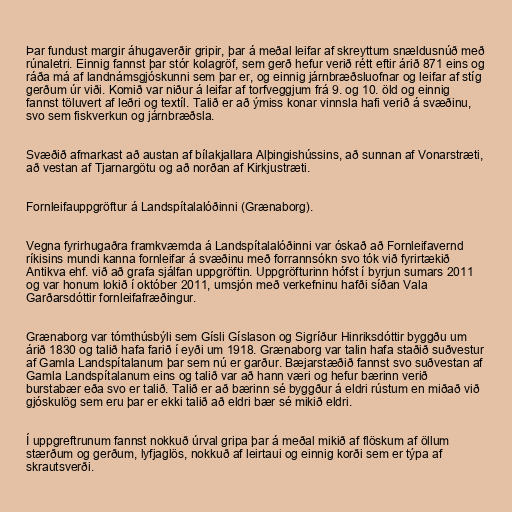
Þar fundust margir áhugaverðir gripir, þar á meðal leifar af skreyttum snældusnúð með
rúnaletri. Einnig fannst þar stór kolagröf, sem gerð hefur verið rétt eftir árið 871 eins og
ráða má af landnámsgjóskunni sem þar er, og einnig járnbræðsluofnar og leifar af stíg
gerðum úr viði. Komið var niður á leifar af torfveggjum frá 9. og 10. öld og einnig
fannst töluvert af leðri og textíl. Talið er að ýmiss konar vinnsla hafi verið á svæðinu,
svo sem fiskverkun og járnbræðsla.

Svæðið afmarkast að austan af bílakjallara Alþingishússins, að sunnan af Vonarstræti,
að vestan af Tjarnargötu og að norðan af Kirkjustræti.

Fornleifauppgröftur á Landspítalalóðinni (Grænaborg).

Vegna fyrirhugaðra framkvæmda á Landspítalalóðinni var óskað að Fornleifavernd
ríkisins mundi kanna fornleifar á svæðinu með forrannsókn svo tók við fyrirtækið
Antikva ehf. við að grafa sjálfan uppgröftin. Uppgröfturinn hófst í byrjun sumars 2011
og var honum lokið í október 2011, umsjón með verkefninu hafði síðan Vala
Garðarsdóttir fornleifafræðingur.

Grænaborg var tómthúsbýli sem Gísli Gíslason og Sigríður Hinriksdóttir byggðu um
árið 1830 og talið hafa farið í eyði um 1918. Grænaborg var talin hafa staðið suðvestur
af Gamla Landspítalanum þar sem nú er garður. Bæjarstæðið fannst svo suðvestan af
Gamla Landspítalanum eins og talið var að hann væri og hefur bærinn verið
burstabær eða svo er talið. Talið er að bærinn sé byggður á eldri rústum en miðað við
gjóskulög sem eru þar er ekki talið að eldri bær sé mikið eldri.

Í uppgreftrunum fannst nokkuð úrval gripa þar á meðal mikið af flöskum af öllum
stærðum og gerðum, lyfjaglös, nokkuð af leirtaui og einnig korði sem er týpa af
skrautsverði.